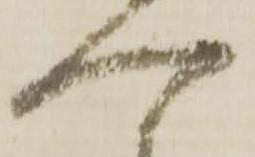
一